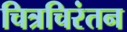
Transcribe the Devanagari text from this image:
चित्रचिरंतन